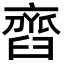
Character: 𦦏